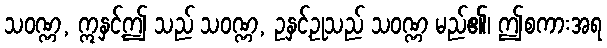
သဝဏ္ဏ, ဣနှင့်ဤ သည် သဝဏ္ဏ, ဥနှင့်ဥုသည် သဝဏ္ဏ မည်၏၊ ဤစကားအရ